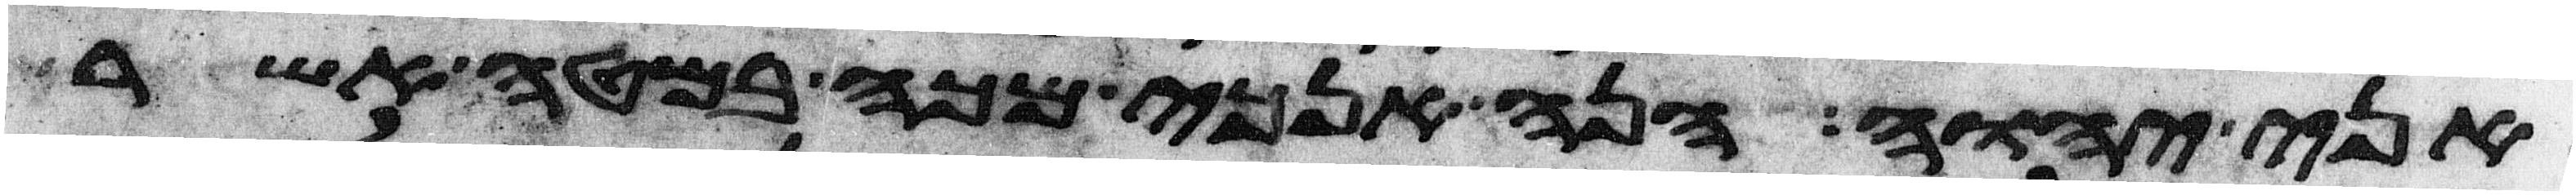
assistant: אני יהוה הנה אנכי מכה במטה אשר